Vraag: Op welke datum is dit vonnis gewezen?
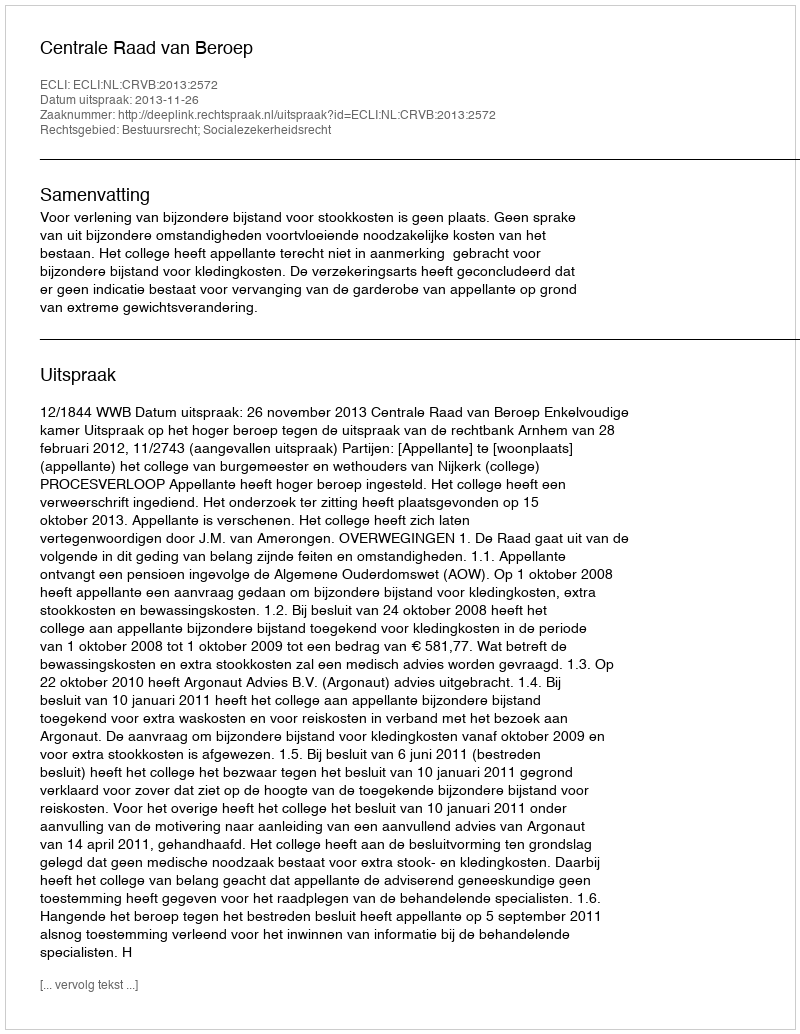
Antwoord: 2013-11-26